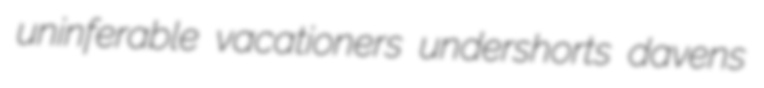
uninferable vacationers undershorts davens